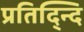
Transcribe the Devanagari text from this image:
प्रतिद्न्दि